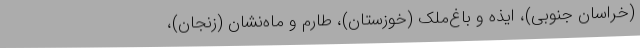
(خراسان جنوبی)، ایذه و باغ‌ملک (خوزستان)، طارم و ماه‌نشان (زنجان)،